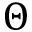
\Theta